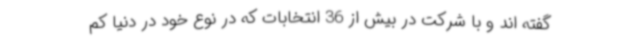
گفته اند و با شرکت در بیش از 36 انتخابات که در نوع خود در دنیا کم